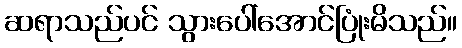
ဆရာသည်ပင် သွားပေါ်အောင်ပြုံးမိသည်။